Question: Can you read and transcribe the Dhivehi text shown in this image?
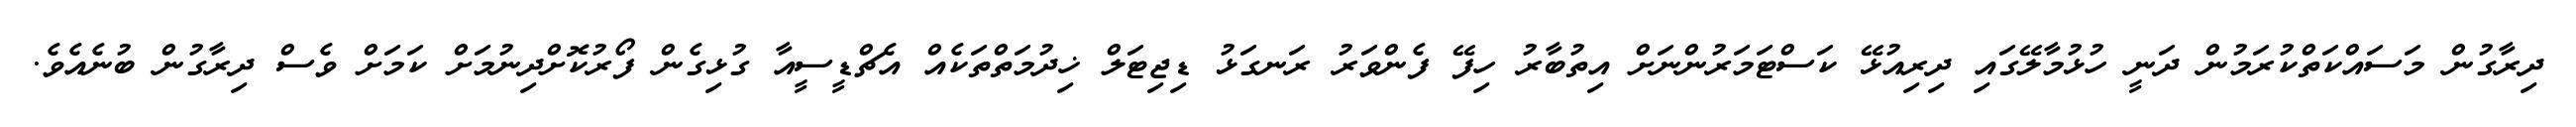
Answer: ދިރާގުން މަސައްކަތްކުރަމުން ދަނީ ހުޅުމާލޭގައި ދިރިއުޅޭ ކަސްޓަމަރުންނަށް އިތުބާރު ހިފޭ ފެންވަރު ރަނގަޅު ޑިޖިޓަލް ޚިދުމަތްތަކެއް އެޗްޑީސީއާ ގުޅިގެން ފޯރުކޮށްދިނުމަށް ކަމަށް ވެސް ދިރާގުން ބުނެއެވެ.